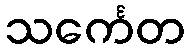
သင်္ကေတ